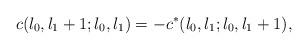
LaTeX: \begin{align*}c(l_{0},l_{1}+1;l_{0},l_{1})=-c^{*}(l_{0},l_{1};l_{0},l_{1}+1),\end{align*}